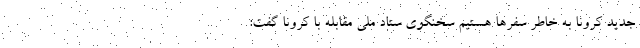
جدید کرونا به خاطر سفرها هستیم سخنگوی ستاد ملی مقابله با کرونا گفت: